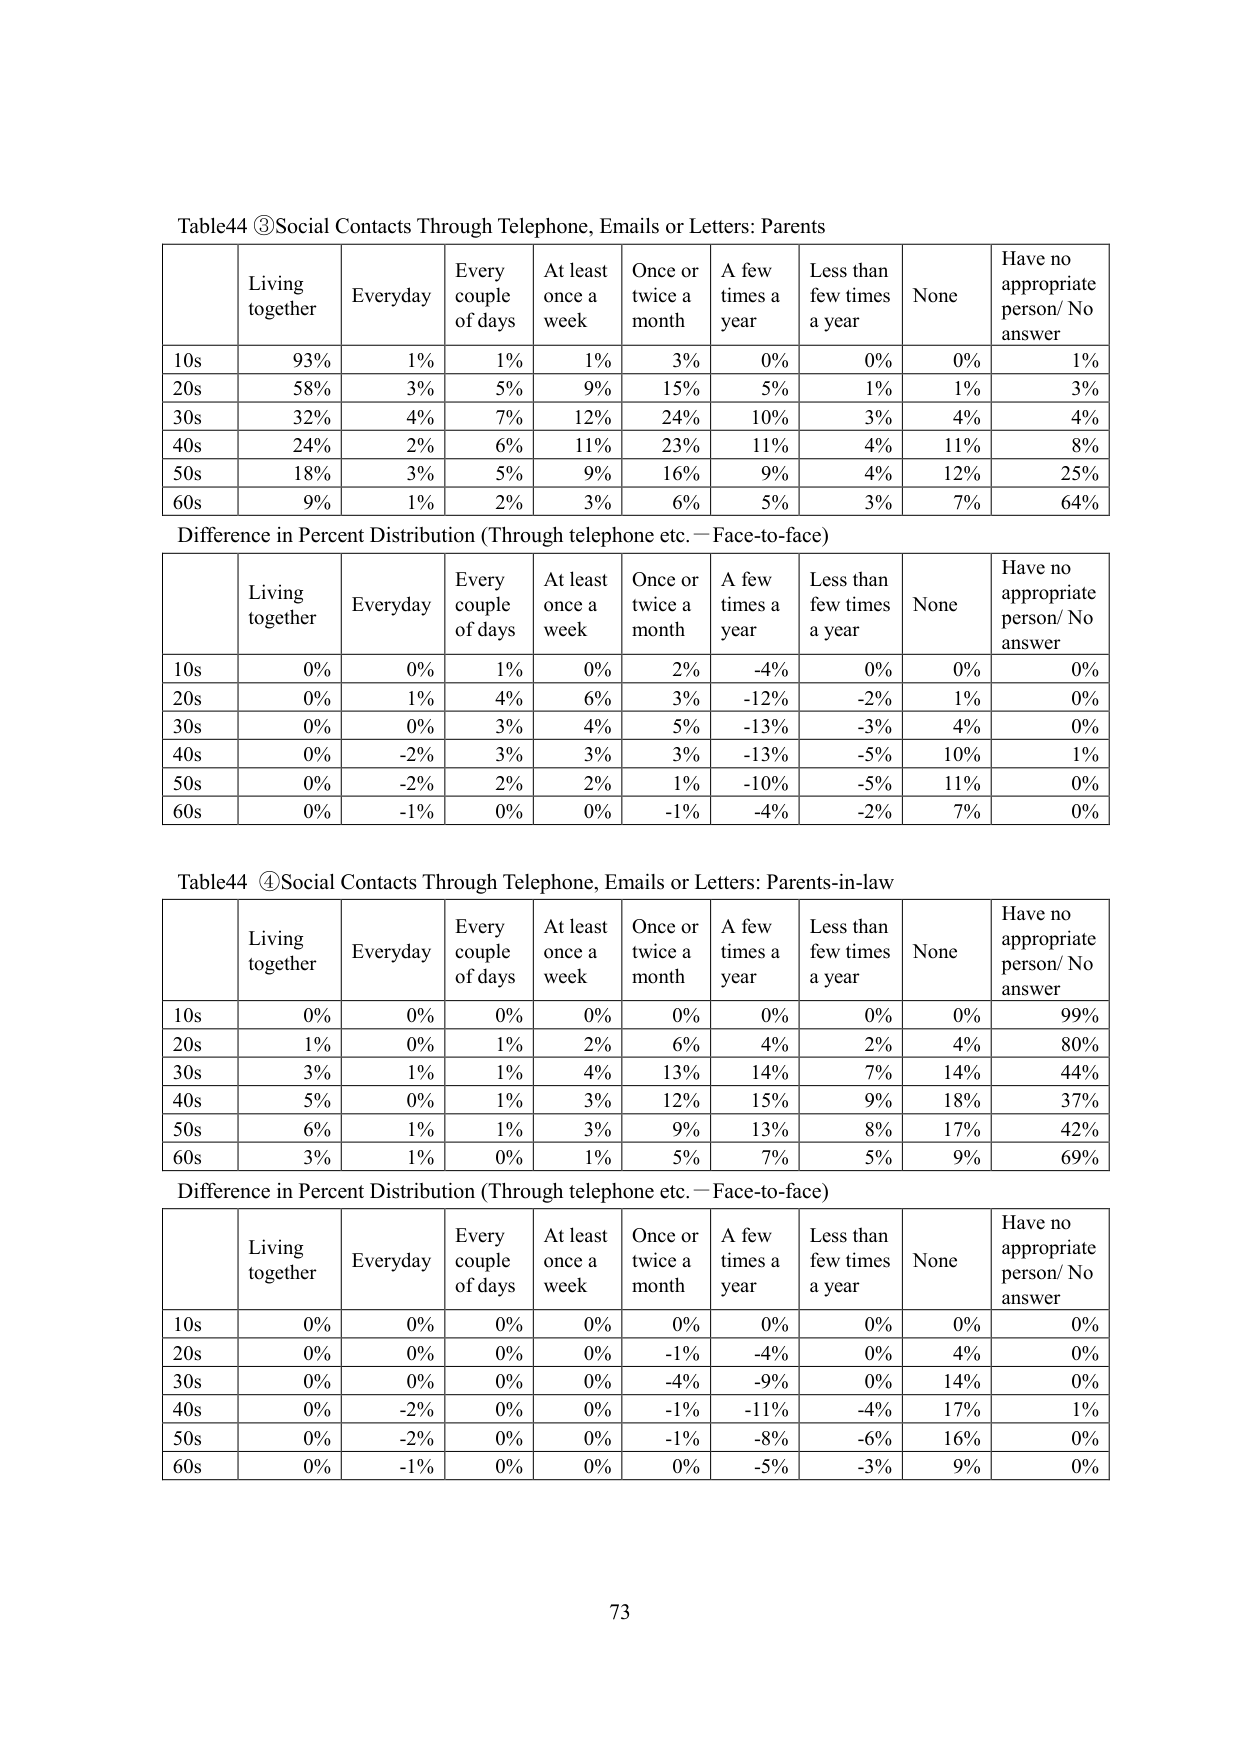
Table44 ③Social Contacts Through Telephone, Emails or Letters: Parents

Living together	Everyday	Every couple of days	At least once a week	Once or twice a month	A few times a year	Less than few times a year	None	Have no appropriate person/ No answer
10s	93%	1%	1%	1%	3%	0%	0%	1%
20s	58%	3%	5%	9%	15%	5%	1%	3%
30s	32%	4%	7%	12%	24%	10%	3%	4%
40s	24%	2%	6%	11%	23%	11%	4%	8%
50s	18%	3%	5%	9%	16%	9%	4%	25%
60s	9%	1%	2%	3%	6%	5%	3%	64%

Difference in Percent Distribution (Through telephone etc. — Face-to-face)

Living together	Everyday	Every couple of days	At least once a week	Once or twice a month	A few times a year	Less than few times a year	None	Have no appropriate person/ No answer
10s	0%	0%	1%	0%	2%	-4%	0%	0%
20s	0%	1%	4%	6%	3%	-12%	-2%	1%
30s	0%	0%	3%	4%	5%	-13%	-3%	4%
40s	0%	-2%	3%	3%	3%	-13%	-5%	10%
50s	0%	-2%	2%	2%	1%	-10%	-5%	11%
60s	0%	-1%	0%	0%	-1%	-4%	-2%	7%

Table44 ④Social Contacts Through Telephone, Emails or Letters: Parents-in-law

Living together	Everyday	Every couple of days	At least once a week	Once or twice a month	A few times a year	Less than few times a year	None	Have no appropriate person/ No answer
10s	0%	0%	0%	0%	0%	0%	0%	99%
20s	1%	0%	1%	2%	6%	4%	2%	80%
30s	3%	1%	1%	4%	13%	14%	7%	44%
40s	5%	0%	1%	3%	12%	15%	9%	37%
50s	6%	1%	1%	3%	9%	13%	8%	42%
60s	3%	1%	0%	1%	5%	7%	5%	69%

Difference in Percent Distribution (Through telephone etc. — Face-to-face)

Living together	Everyday	Every couple of days	At least once a week	Once or twice a month	A few times a year	Less than few times a year	None	Have no appropriate person/ No answer
10s	0%	0%	0%	0%	0%	0%	0%	0%
20s	0%	0%	0%	0%	-1%	-4%	0%	4%
30s	0%	0%	0%	0%	-4%	-9%	0%	14%
40s	0%	-2%	0%	0%	-1%	-11%	-4%	17%
50s	0%	-2%	0%	0%	-1%	-8%	-6%	16%
60s	0%	-1%	0%	0%	0%	-5%	-3%	9%

73